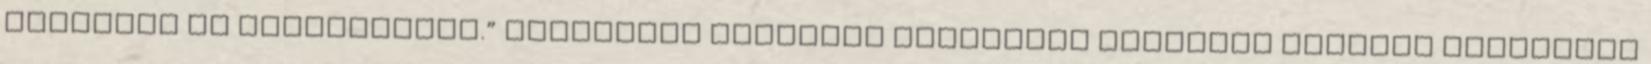
arculata is szerepelhet.” Megoldási javaslat Megoldási javaslat várható eredménye